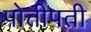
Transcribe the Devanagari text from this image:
पोत्तीपती